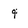
Character: 9